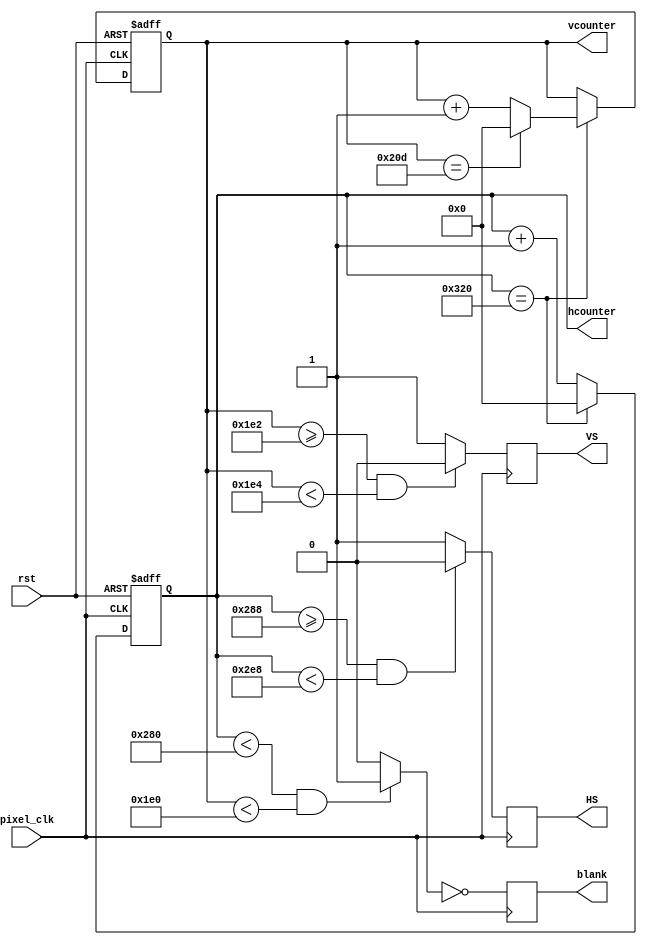
module vga_controller_640_60 (rst,pixel_clk,HS,VS,hcounter,vcounter,blank);

	input rst, pixel_clk;	// global reset, pixel clock
	output reg HS, VS, blank;	// sync controls, blank indicator
	output reg [10:0] hcounter, vcounter;	// pixel coordinates

/*
	parameter HMAX = 800; 	// maxium value for the horizontal pixel counter
	parameter VMAX = 525; 	// maxium value for the vertical pixel counter
	parameter HLINES = 640;	// total number of visible columns
	parameter HFP = 648; 	// value for the horizontal counter where front porch ends
	parameter HSP = 744; 	// value for the horizontal counter where the synch pulse ends
	parameter VLINES = 480;	// total number of visible lines
	parameter VFP = 482; 	// value for the vertical counter where the frone proch ends
	parameter VSP = 484; 	// value for the vertical counter where the synch pulse ends
	parameter SPP = 0;		// value for the porch synchronization pulse
*/

	parameter HMAX = 800; 	// maxium value for the horizontal pixel counter
	parameter HLINES = 640;	// total number of visible columns
	parameter HFP = 648; 	// value for the horizontal counter where front porch ends
	parameter HSP = 744; 	// value for the horizontal counter where the synch pulse ends
	parameter VMAX = 525; 	// maxium value for the vertical pixel counter
	parameter VLINES = 480;	// total number of visible lines
	parameter VFP = 482; 	// value for the vertical counter where the frone proch ends
	parameter VSP = 484; 	// value for the vertical counter where the synch pulse ends
	parameter SPP = 0;		// value for the porch synchronization pulse

	wire video_enable;	// valid region indicator
	
	initial begin
		hcounter = 0;
		vcounter = 0;
	end
	
	// create a "blank" indicator
	always@(posedge pixel_clk)begin
		blank <= ~video_enable; 
	end
	
	// Create a horizontal beam trace (horizontal time):
	always@(posedge pixel_clk, posedge rst)begin
		if(rst == 1) hcounter <= 0;
		else if (hcounter == HMAX) hcounter <= 0;
		else hcounter <= hcounter + 1'b1;
	end
	
	// Create a vertical beam trace (vertical time):
	always@(posedge pixel_clk, posedge rst)begin
		if(rst == 1) vcounter <=0;
		else if(hcounter == HMAX) begin
			if(vcounter == VMAX) vcounter <= 0;
			else vcounter <= vcounter + 1'b1; 
		end
	end
	
	// Check if between horizontal porches,
	// if not send horizontal porch synchronization pulse
	always@(posedge pixel_clk)begin
		if(hcounter >= HFP && hcounter < HSP) HS <= SPP;
		else HS <= ~SPP; 
	end
	
	// Check if between vertical porches,
	// if not send vertical porch synchronization pulse
	always@(posedge pixel_clk)begin
		if(vcounter >= VFP && vcounter < VSP) VS <= SPP;
		else VS <= ~SPP; 
	end
	
	// create a video enabled region
	assign video_enable = (hcounter < HLINES && vcounter < VLINES) ? 1'b1 : 1'b0;

endmodule